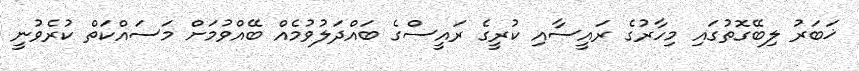
ޚަބަރު ލިބޭގޮތުގައި މިހާރުގެ ރައީސާއި ކުރީގެ ރައީސްގެ ބައްދަލުވުމެއް ބޭއްވުމަށް މަސައްކަތް ކުރެވުނީ